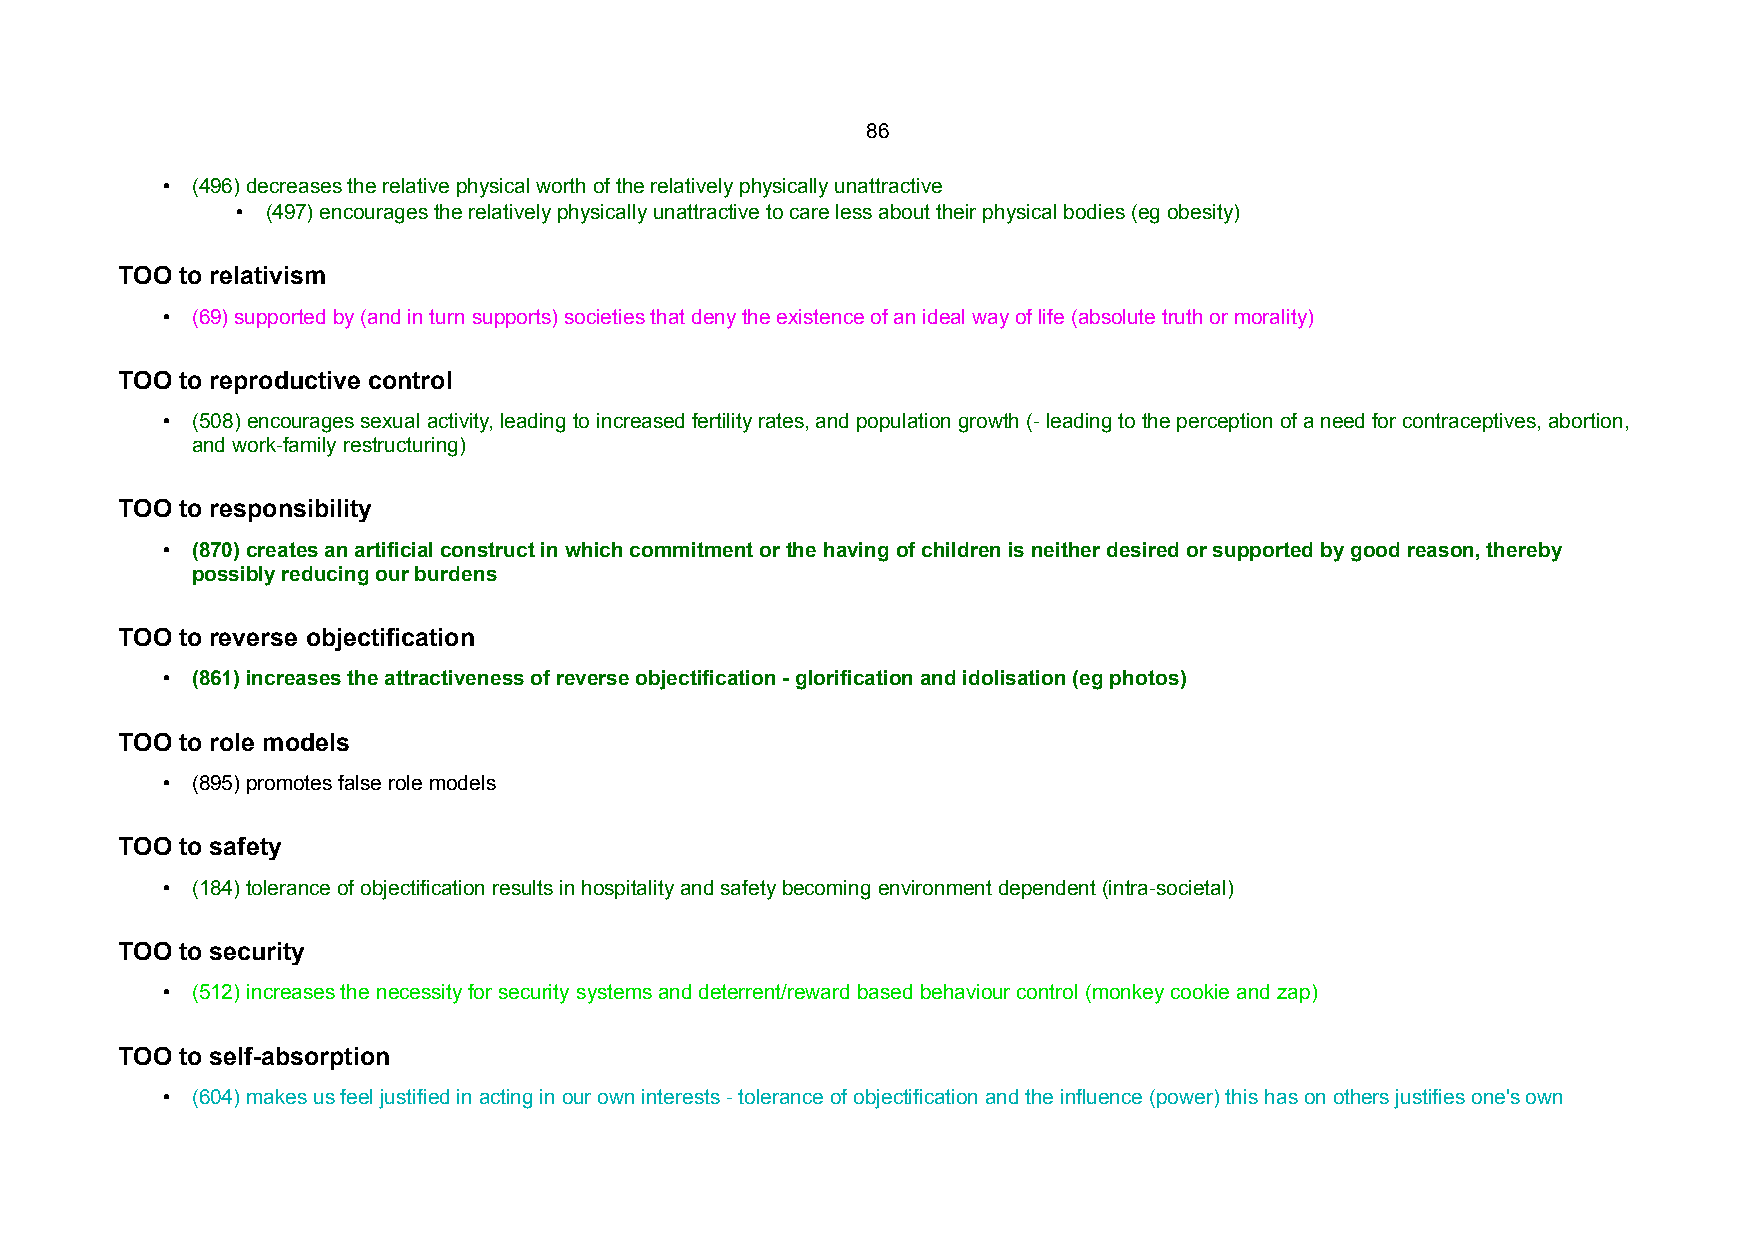
86
 • (496) decreases the relative physical worth of the relatively physically unattractive
 • (497) encourages the relatively physically unattractive to care less about their physical bodies (eg obesity)
 TOO to relativism
 • (69) supported by (and in turn supports) societies that deny the existence of an ideal way of life (absolute truth or morality)
 TOO to reproductive control
 • (508) encourages sexual activity, leading to increased fertility rates, and population growth (- leading to the perception of a need for contraceptives, abortion,
 and work-family restructuring)
 TOO to responsibility
 • (870) creates an artificial construct in which commitment or the having of children is neither desired or supported by good reason, thereby
 possibly reducing our burdens
 TOO to reverse objectification
 • (861) increases the attractiveness of reverse objectification - glorification and idolisation (eg photos)
 TOO to role models
 • (895) promotes false role models
 TOO to safety
 • (184) tolerance of objectification results in hospitality and safety becoming environment dependent (intra-societal)
 TOO to security
 • (512) increases the necessity for security systems and deterrent/reward based behaviour control (monkey cookie and zap)
 TOO to self-absorption
 • (604) makes us feel justified in acting in our own interests - tolerance of objectification and the influence (power) this has on others justifies one's own